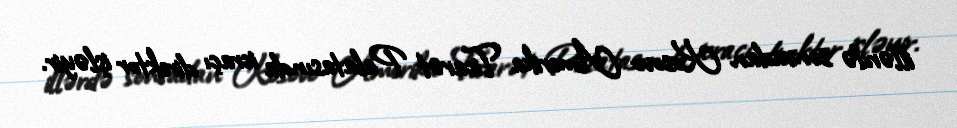
illərdə sonradan Kosovo Amerika Ticarət Palatasında icraçı direktor işləyir.